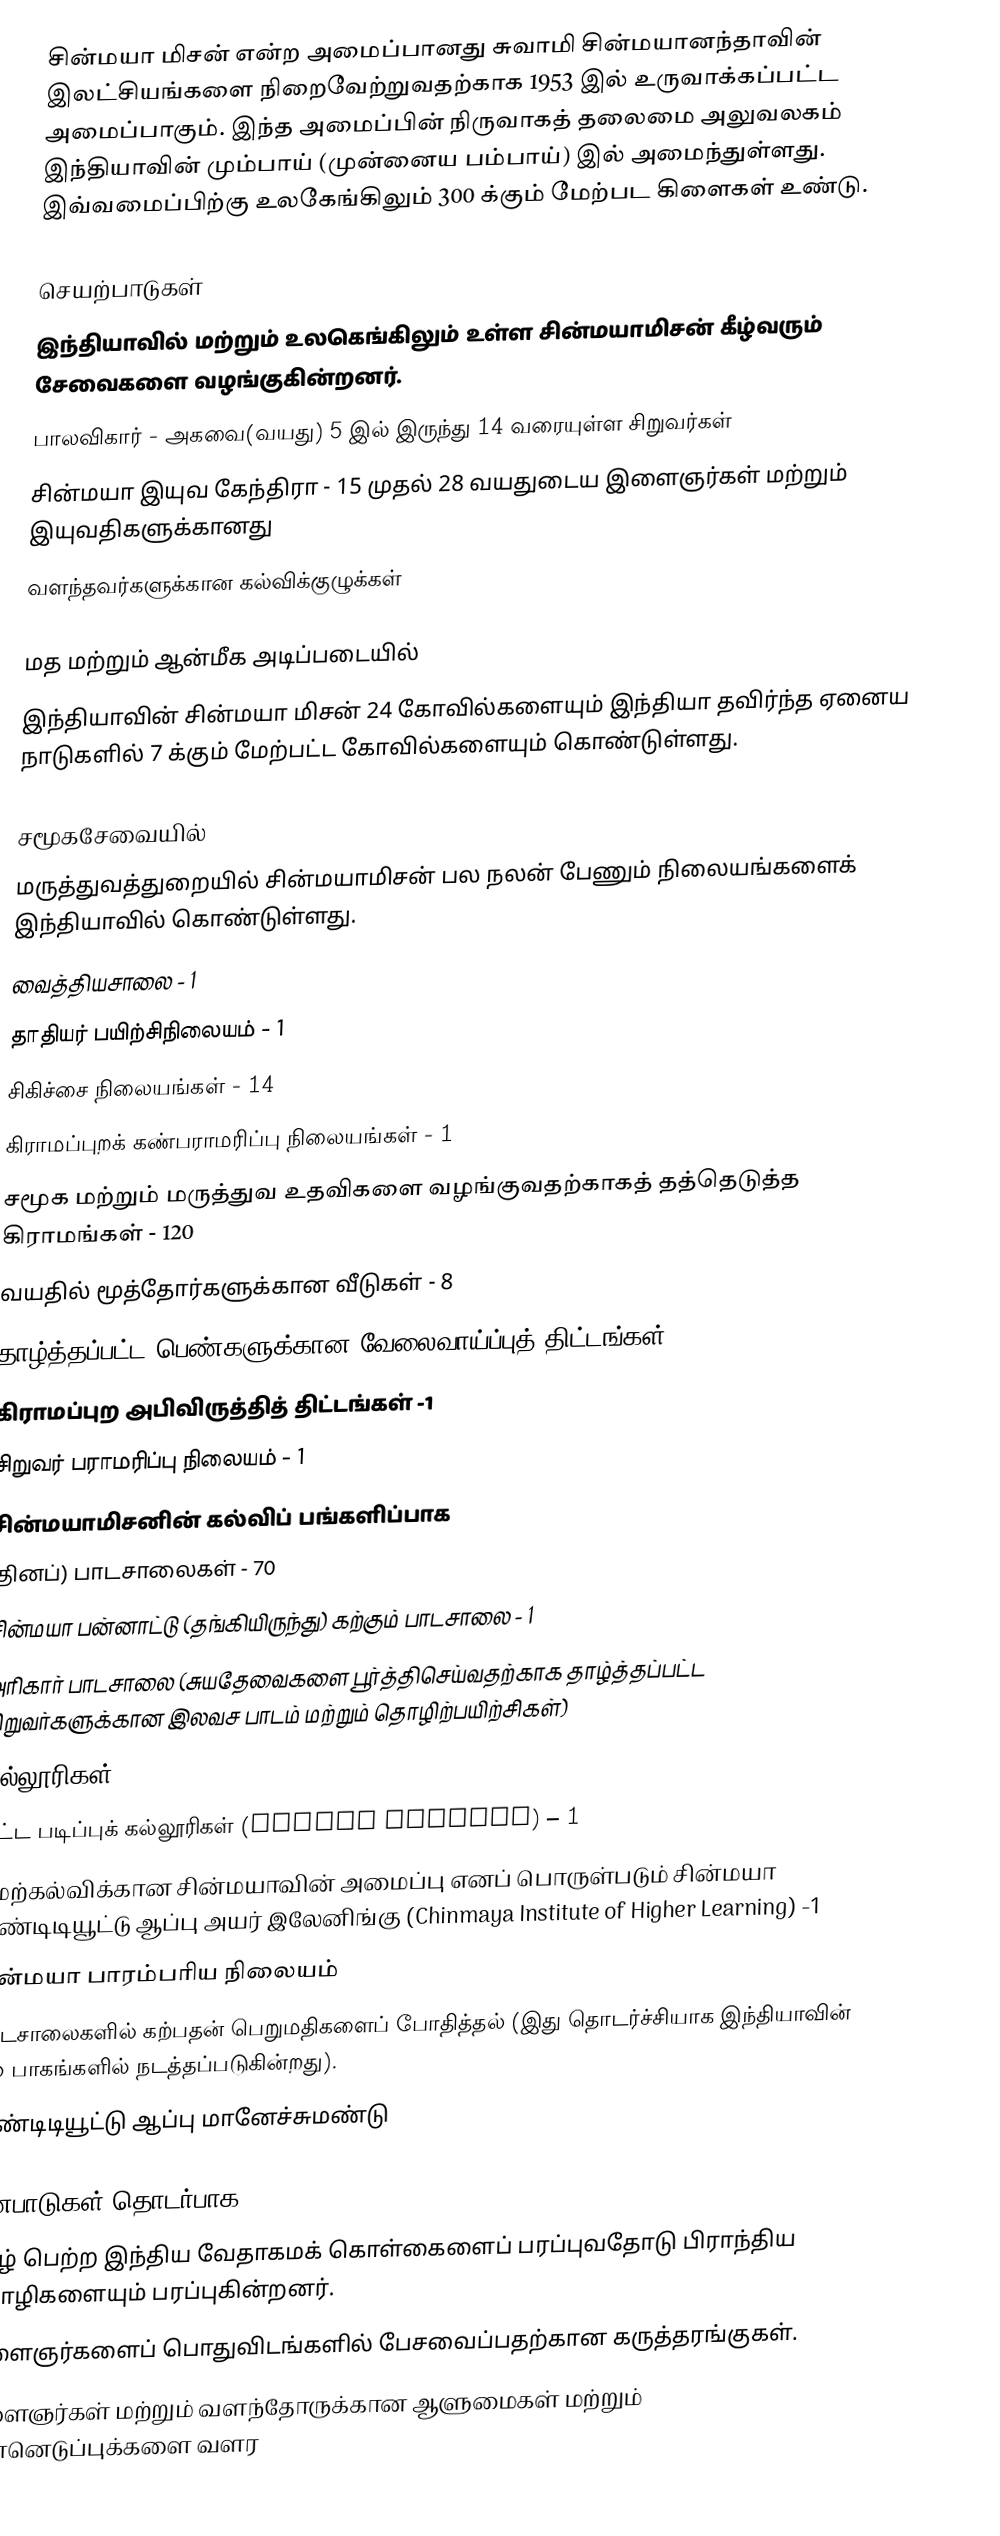
சின்மயா மிசன் என்ற அமைப்பானது சுவாமி சின்மயானந்தாவின் இலட்சியங்களை நிறைவேற்றுவதற்காக 1953 இல் உருவாக்கப்பட்ட அமைப்பாகும். இந்த அமைப்பின் நிருவாகத் தலைமை அலுவலகம் இந்தியாவின் மும்பாய் (முன்னைய பம்பாய்) இல் அமைந்துள்ளது. இவ்வமைப்பிற்கு உலகேங்கிலும் 300 க்கும் மேற்பட கிளைகள் உண்டு.

செயற்பாடுகள்
இந்தியாவில் மற்றும் உலகெங்கிலும் உள்ள சின்மயாமிசன் கீழ்வரும் சேவைகளை வழங்குகின்றனர்.
பாலவிகார் - அகவை(வயது) 5 இல் இருந்து 14 வரையுள்ள சிறுவர்கள்
சின்மயா இயுவ கேந்திரா - 15 முதல் 28 வயதுடைய இளைஞர்கள் மற்றும் இயுவதிகளுக்கானது
வளந்தவர்களுக்கான கல்விக்குழுக்கள்

மத மற்றும் ஆன்மீக அடிப்படையில்
இந்தியாவின் சின்மயா மிசன் 24 கோவில்களையும் இந்தியா தவிர்ந்த ஏனைய நாடுகளில் 7 க்கும் மேற்பட்ட கோவில்களையும் கொண்டுள்ளது.

சமூகசேவையில்
மருத்துவத்துறையில் சின்மயாமிசன் பல நலன் பேணும் நிலையங்களைக் இந்தியாவில் கொண்டுள்ளது.
வைத்தியசாலை - 1
தாதியர் பயிற்சிநிலையம் - 1
சிகிச்சை நிலையங்கள் - 14
கிராமப்புறக் கண்பராமரிப்பு நிலையங்கள் - 1
சமூக மற்றும் மருத்துவ  உதவிகளை வழங்குவதற்காகத் தத்தெடுத்த கிராமங்கள் - 120
வயதில் மூத்தோர்களுக்கான வீடுகள் - 8
தாழ்த்தப்பட்ட பெண்களுக்கான வேலைவாய்ப்புத் திட்டங்கள் - 1
கிராமப்புற அபிவிருத்தித் திட்டங்கள் -1
சிறுவர் பராமரிப்பு நிலையம் - 1
சின்மயாமிசனின் கல்விப் பங்களிப்பாக
(தினப்) பாடசாலைகள் - 70
சின்மயா பன்னாட்டு (தங்கியிருந்து) கற்கும் பாடசாலை - 1
அரிகார் பாடசாலை (சுயதேவைகளை பூர்த்திசெய்வதற்காக தாழ்த்தப்பட்ட சிறுவர்களுக்கான இலவச பாடம் மற்றும் தொழிற்பயிற்சிகள்)
கல்லூரிகள் (Colleges) – 4
பட்ட படிப்புக் கல்லூரிகள் (Degree College) – 1
மேற்கல்விக்கான சின்மயாவின் அமைப்பு எனப் பொருள்படும் சின்மயா இண்டிடியூட்டு ஆப்பு அயர் இலேனிங்கு (Chinmaya Institute of Higher Learning) -1
சின்மயா பாரம்பரிய நிலையம்
பாடசாலைகளில் கற்பதன் பெறுமதிகளைப் போதித்தல் (இது தொடர்ச்சியாக இந்தியாவின் பல பாகங்களில் நடத்தப்படுகின்றது).
இண்டிடியூட்டு ஆப்பு மானேச்சுமண்டு

பண்பாடுகள் தொடர்பாக
புகழ் பெற்ற இந்திய வேதாகமக் கொள்கைளைப் பரப்புவதோடு பிராந்திய மொழிகளையும் பரப்புகின்றனர்.
இளைஞர்களைப் பொதுவிடங்களில் பேசவைப்பதற்கான கருத்தரங்குகள்.
இளைஞர்கள் மற்றும் வளந்தோருக்கான ஆளுமைகள் மற்றும் முன்னெடுப்புக்களை வளர